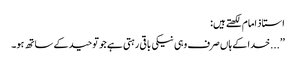
استاذ امام لکھتے ہیں:
’’...خدا کے ہاں صرف وہی نیکی باقی رہتی ہے جو توحید کے ساتھ ہو۔